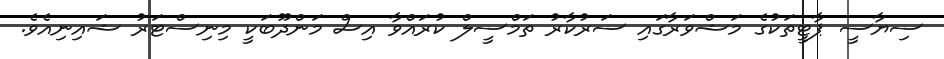
ސިޔާސީ ޕާޓީތަކުގެ މަޝްވަރާގައި ސަރުކާރު ތަމްސީލް ކުރައްވާ އިސް މަންދޫބަކީ މިނިސްޓަރު ޝައިނިއެވެ.